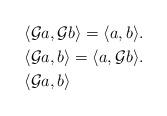
LaTeX: \begin{align*} & \langle \mathcal{G}a,\mathcal{G}b \rangle=\langle a,b\rangle. \\& \langle \mathcal{G}a,b \rangle=\langle a,\mathcal{G}b\rangle. \\& \langle \mathcal{G}a,b \rangle \end{align*}